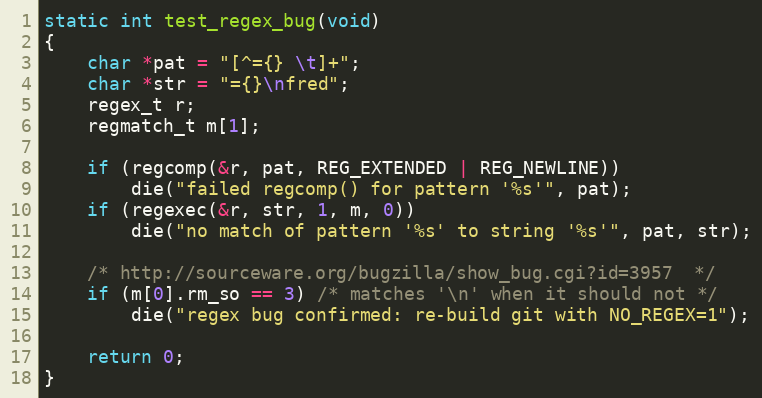
Language: C
static int test_regex_bug(void)
{
	char *pat = "[^={} \t]+";
	char *str = "={}\nfred";
	regex_t r;
	regmatch_t m[1];

	if (regcomp(&r, pat, REG_EXTENDED | REG_NEWLINE))
		die("failed regcomp() for pattern '%s'", pat);
	if (regexec(&r, str, 1, m, 0))
		die("no match of pattern '%s' to string '%s'", pat, str);

	/* http://sourceware.org/bugzilla/show_bug.cgi?id=3957  */
	if (m[0].rm_so == 3) /* matches '\n' when it should not */
		die("regex bug confirmed: re-build git with NO_REGEX=1");

	return 0;
}